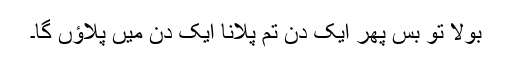
بولا تو بس پھر ایک دن تم پلانا ایک دن میں پلاؤں گا۔